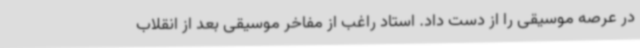
در عرصه موسیقی را از دست داد. استاد راغب از مفاخر موسیقی بعد از انقلاب